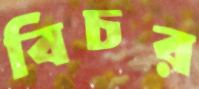
বিচর